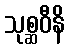
သုစ္ဆဝီနိ